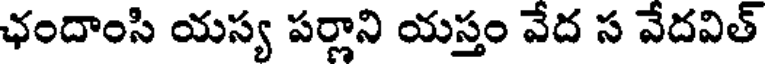
ఛందాంసి యస్య పర్లాని యస్తం వేద స వేదవిత్